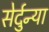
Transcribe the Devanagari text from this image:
सेर्दुन्या